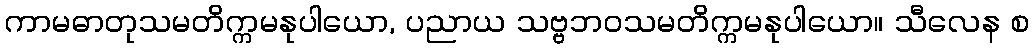
ကာမဓာတုသမတိက္ကမနုပါယော, ပညာယ သဗ္ဗဘဝသမတိက္ကမနုပါယော။ သီလေန စ